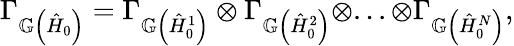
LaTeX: \Gamma_{\mathbb{G}\left(\hat{H}_{0}\right)}=\Gamma_{\mathbb{G}\left(\hat{H}_{0}^{1}\right)}\otimes\Gamma_{\mathbb{G}\left(\hat{H}_{0}^{2}\right)}\otimes...\otimes\Gamma_{\mathbb{G}\left(\hat{H}_{0}^{N}\right)},